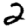
Digit: 2